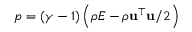
p = ( \gamma - 1 ) \left( \rho E - \rho \mathbf { u } ^ { \top } \mathbf { u } / 2 \right)